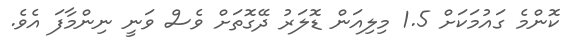
ކޮންމެ ގައުމަކަށް 1.5 މިލިއަން ޑޮލަރު ދޭގޮތަށް ވެސް ވަނީ ނިންމާފަ އެވެ.